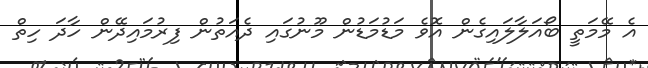
އެ މޭމަތީ ބޯއަލާލައިގެން އޮވެ މަޑުމަޑުން މޫނުގައި ދެއަތުން ފިރުމައިދޭން ހާދަ ހިތް